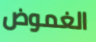
الغموض